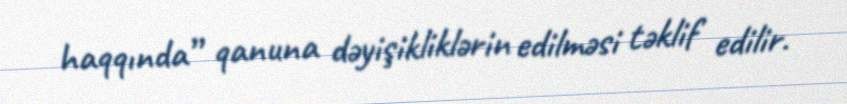
haqqında” qanuna dəyişikliklərin edilməsi təklif edilir.